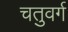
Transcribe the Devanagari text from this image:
चतुवर्ग